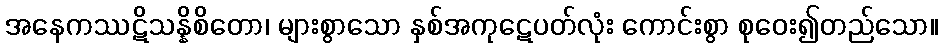
အနေကဿဋိသန္နိစိတော၊ များစွာသော နှစ်အကုဋေပတ်လုံး ကောင်းစွာ စုဝေး၍တည်သော။